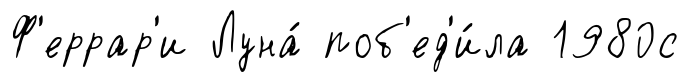
Ф'еррар'и Луна́ поб'ед'и́ла 1980с